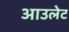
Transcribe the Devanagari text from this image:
आउलेट